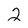
Character: 2